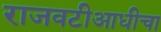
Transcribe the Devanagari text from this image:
राजवटीआधीचा